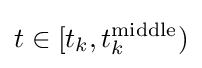
t\in [t_{k},t_{k}^{\rm {middle}})